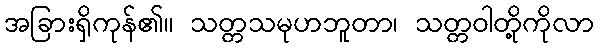
အခြားရှိကုန်၏။ သတ္တသမုဟဘူတာ၊ သတ္တဝါတို့ကိုလာ